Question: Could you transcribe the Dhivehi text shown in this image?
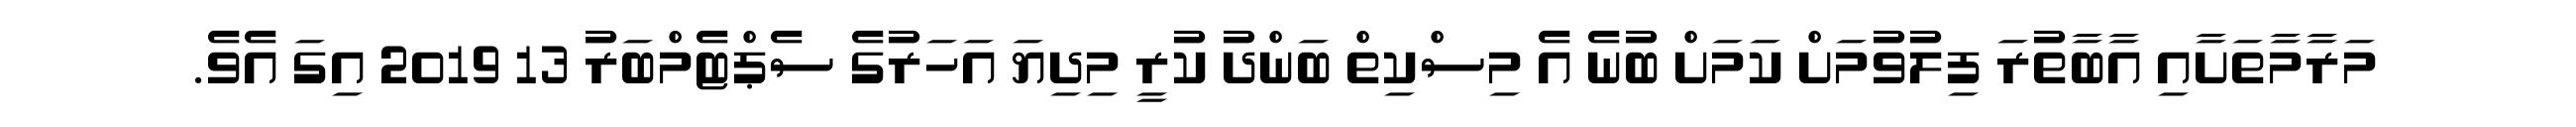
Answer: މަރާމާތަށާއި އާބާތުރަ ފިލުވުމަށް ކަމަށް ބުނެ އެ މިސްކިތް ބަންދު ކުރީ މިދިޔަ އަހަރުގެ ސެޕްޓެމްބަރު 13 2019 އިގަ އެވެ.